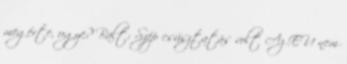
megérte, ugye? Balt: Szép csúsztatás volt Az EU nem